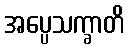
အပ္ပေသက္ခာတိ